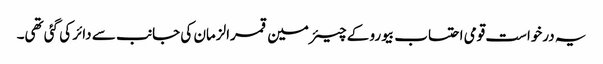
یہ درخواست قومی احتساب بیورو کے چیئرمین قمرالزمان کی جانب سے دائر کی گئی تھی۔